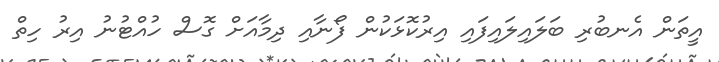
އީތަން އެނބުރި ބަލައިލައިފައި އިރުކޮޅަކުން ފޯނާއި ދިމާއަށް ގޮސް ހުއްޓުނު އިރު ހިތް